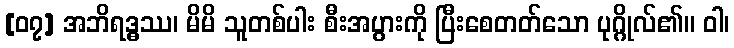
[၀၇] အဘိရဒ္ဓဿ၊ မိမိ သူတစ်ပါး စီးအပွားကို ပြီးစေတတ်သော ပုဂ္ဂိုလ်၏။ ဝါ၊